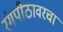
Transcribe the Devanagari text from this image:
रंगपीठावरचा